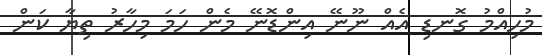
މުހިއްމު ގޮނޑި އެއް ނޫނޭ އިންޑޮނޭ މެން ހަމަ މިހާރު ތިޔާ ކަން